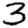
Digit: 3